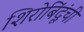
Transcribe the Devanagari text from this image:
शिरोबिंदूंची